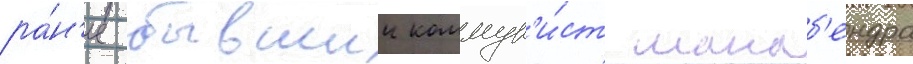
ра́н'ее бывшии коммун'и́ст манаб'ендра